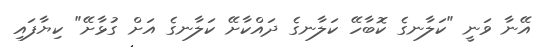
އޭނާ ވަނީ "ކަލާނގެ ކޮބާހޭ ކަލާނގެ ދައްކާށޭ ކަލާނގެ އަށް ގުޅާށޭ" ކިޔާފައި